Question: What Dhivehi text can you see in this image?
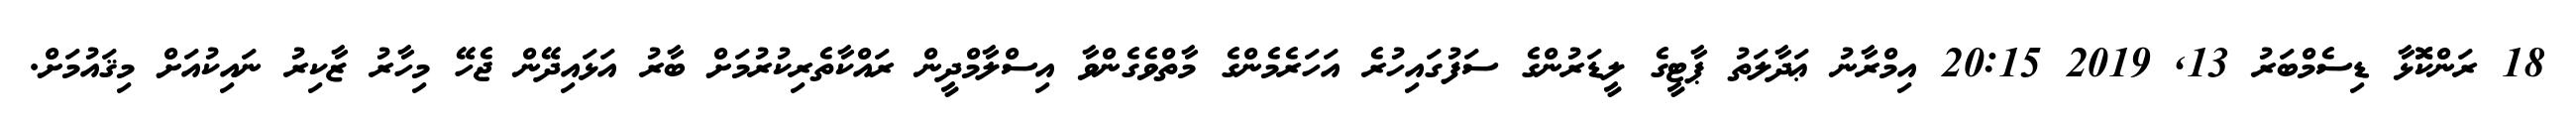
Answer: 18 ރަންކޮޮޅާ ޑިސެމްބަރު 13, 2019 20:15 އިމްރާނު ޢަދާލަތު ޕާޓީގެ ލީޑަރުންގެ ސަފުގައިހުރެ އަހަރެމެންގެ މާތްވެގެންވާ އިސްލާމްދީން ރައްކާތެރިކުރުމަށް ބާރު އަޅައިދޭން ޖެހޭ މިހާރު ޒާކިރު ނައިކުއަށް މިޤައުމަށް.